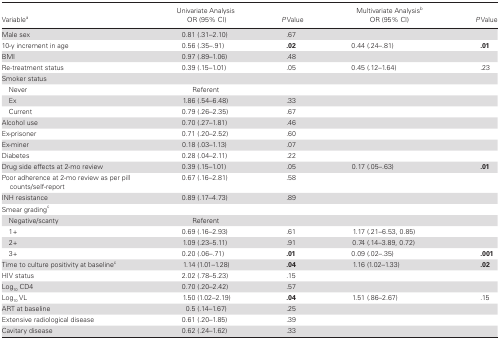
<table><thead><tr><td><b>Variable<sup>a</sup></b></td><td><b>Univariate Analysis OR (95% CI)</b></td><td><b><i>P</i> Value</b></td><td><b>Multivariate Analysis<sup>b</sup>OR (95% CI)</b></td><td><b><i>P</i> Value</b></td></tr></thead><tbody><tr><td>Male sex</td><td>0.81 (.31–2.10)</td><td>.67</td><td>[EMPTY_CELL]</td><td>[EMPTY_CELL]</td></tr><tr><td>10-y increment in age</td><td>0.56 (.35–.91)</td><td><b>.02</b></td><td>0.44 (.24–.81)</td><td><b>.01</b></td></tr><tr><td>BMI</td><td>0.97 (.89–1.06)</td><td>.48</td><td>[EMPTY_CELL]</td><td>[EMPTY_CELL]</td></tr><tr><td>Re-treatment status</td><td>0.39 (.15–1.01)</td><td>.05</td><td>0.45 (.12–1.64)</td><td>.23</td></tr><tr><td>Smoker status</td><td>[EMPTY_CELL]</td><td>[EMPTY_CELL]</td><td>[EMPTY_CELL]</td><td>[EMPTY_CELL]</td></tr><tr><td> Never</td><td>Referent</td><td>[EMPTY_CELL]</td><td>[EMPTY_CELL]</td><td>[EMPTY_CELL]</td></tr><tr><td> Ex</td><td>1.86 (.54–6.48)</td><td>.33</td><td>[EMPTY_CELL]</td><td>[EMPTY_CELL]</td></tr><tr><td> Current</td><td>0.79 (.26–2.35)</td><td>.67</td><td>[EMPTY_CELL]</td><td>[EMPTY_CELL]</td></tr><tr><td>Alcohol use</td><td>0.70 (.27–1.81)</td><td>.46</td><td>[EMPTY_CELL]</td><td>[EMPTY_CELL]</td></tr><tr><td>Ex-prisoner</td><td>0.71 (.20–2.52)</td><td>.60</td><td>[EMPTY_CELL]</td><td>[EMPTY_CELL]</td></tr><tr><td>Ex-miner</td><td>0.18 (.03–1.13)</td><td>.07</td><td>[EMPTY_CELL]</td><td>[EMPTY_CELL]</td></tr><tr><td>Diabetes</td><td>0.28 (.04–2.11)</td><td>.22</td><td>[EMPTY_CELL]</td><td>[EMPTY_CELL]</td></tr><tr><td>Drug side effects at 2-mo review</td><td>0.39 (.15–1.01)</td><td>.05</td><td> 0.17 (.05–.63)</td><td><b>.01</b></td></tr><tr><td>Poor adherence at 2-mo review as per pill counts/self-report</td><td>0.67 (.16–2.81)</td><td>.58</td><td>[EMPTY_CELL]</td><td>[EMPTY_CELL]</td></tr><tr><td>INH resistance</td><td>0.89 (.17–4.73)</td><td>.89</td><td>[EMPTY_CELL]</td><td>[EMPTY_CELL]</td></tr><tr><td>Smear grading<sup>c</sup></td><td>[EMPTY_CELL]</td><td>[EMPTY_CELL]</td><td>[EMPTY_CELL]</td><td>[EMPTY_CELL]</td></tr><tr><td> Negative/scanty</td><td>Referent</td><td>[EMPTY_CELL]</td><td>[EMPTY_CELL]</td><td>[EMPTY_CELL]</td></tr><tr><td> 1+</td><td>0.69 (.16–2.93)</td><td>.61</td><td>1.17 (.21–6.53, 0.85)</td><td>[EMPTY_CELL]</td></tr><tr><td> 2+</td><td>1.09 (.23–5.11)</td><td>.91</td><td>0.74 (.14–3.89, 0.72)</td><td>[EMPTY_CELL]</td></tr><tr><td> 3+</td><td>0.20 (.06–.71)</td><td><b>.01</b></td><td>0.09 (.02–.35)</td><td><b>.001</b></td></tr><tr><td>Time to culture positivity at baseline<sup>c</sup></td><td>1.14 (1.01–1.28)</td><td><b>.04</b></td><td>1.16 (1.02–1.33)</td><td><b>.02</b></td></tr><tr><td>HIV status</td><td>2.02 (.78–5.23)</td><td>.15</td><td>[EMPTY_CELL]</td><td>[EMPTY_CELL]</td></tr><tr><td>Log<sub>10</sub> CD4</td><td>0.70 (.20–2.42)</td><td>.57</td><td>[EMPTY_CELL]</td><td>[EMPTY_CELL]</td></tr><tr><td>Log<sub>10</sub> VL</td><td>1.50 (1.02–2.19)</td><td><b>.04</b></td><td>1.51 (.86–2.67)</td><td>.15</td></tr><tr><td>ART at baseline</td><td>0.5 (.14–1.67)</td><td>.25</td><td>[EMPTY_CELL]</td><td>[EMPTY_CELL]</td></tr><tr><td>Extensive radiological disease</td><td>0.61 (.20–1.85)</td><td>.39</td><td>[EMPTY_CELL]</td><td>[EMPTY_CELL]</td></tr><tr><td>Cavitary disease</td><td>0.62 (.24–1.62)</td><td>.33</td><td>[EMPTY_CELL]</td><td>[EMPTY_CELL]</td></tr></tbody></table>